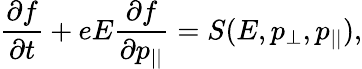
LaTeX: \frac{\partial f}{\partial t}+eE\frac{\partial f}{\partial p_{||}}=S(E,p_{\perp},p_{||}),